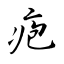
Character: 疱